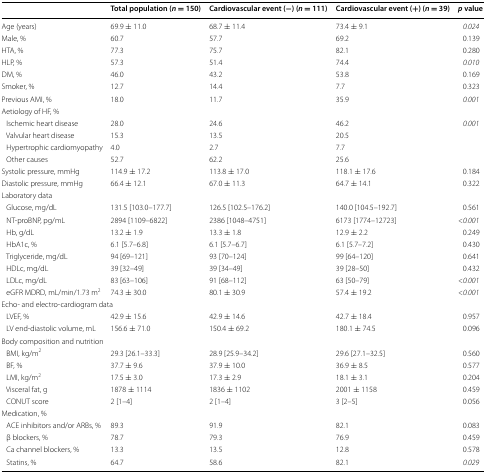
<table><thead><tr><td></td><td><b>Total population (<i>n</i> = 150)</b></td><td><b>Cardiovascular event (−) (<i>n</i> = 111)</b></td><td><b>Cardiovascular event (+) (<i>n</i> = 39)</b></td><td><b><i>p</i> value</b></td></tr></thead><tbody><tr><td>Age (years)</td><td>69.9 ± 11.0</td><td>68.7 ± 11.4</td><td>73.4 ± 9.1</td><td><i>0.024</i></td></tr><tr><td>Male, %</td><td>60.7</td><td>57.7</td><td>69.2</td><td>0.139</td></tr><tr><td>HTA, %</td><td>77.3</td><td>75.7</td><td>82.1</td><td>0.280</td></tr><tr><td>HLP, %</td><td>57.3</td><td>51.4</td><td>74.4</td><td><i>0.010</i></td></tr><tr><td>DM, %</td><td>46.0</td><td>43.2</td><td>53.8</td><td>0.169</td></tr><tr><td>Smoker, %</td><td>12.7</td><td>14.4</td><td>7.7</td><td>0.323</td></tr><tr><td>Previous AMI, %</td><td>18.0</td><td>11.7</td><td>35.9</td><td><i>0.001</i></td></tr><tr><td colspan="5">Aetiology of HF, %</td></tr><tr><td> Ischemic heart disease</td><td>28.0</td><td>24.6</td><td>46.2</td><td><i>0.001</i></td></tr><tr><td> Valvular heart disease</td><td>15.3</td><td>13.5</td><td>20.5</td><td></td></tr><tr><td> Hypertrophic cardiomyopathy</td><td>4.0</td><td>2.7</td><td>7.7</td><td></td></tr><tr><td> Other causes</td><td>52.7</td><td>62.2</td><td>25.6</td><td></td></tr><tr><td>Systolic pressure, mmHg</td><td>114.9 ± 17.2</td><td>113.8 ± 17.0</td><td>118.1 ± 17.6</td><td>0.184</td></tr><tr><td>Diastolic pressure, mmHg</td><td>66.4 ± 12.1</td><td>67.0 ± 11.3</td><td>64.7 ± 14.1</td><td>0.322</td></tr><tr><td colspan="5">Laboratory data</td></tr><tr><td> Glucose, mg/dL</td><td>131.5 [103.0–177.7]</td><td>126.5 [102.5–176.2]</td><td>140.0 [104.5–192.7]</td><td>0.561</td></tr><tr><td> NT-proBNP, pg/mL</td><td>2894 [1109–6822]</td><td>2386 [1048–4751]</td><td>6173 [1774–12723]</td><td><i>&lt;0.001</i></td></tr><tr><td> Hb, g/dL</td><td>13.2 ± 1.9</td><td>13.3 ± 1.8</td><td>12.9 ± 2.2</td><td>0.249</td></tr><tr><td> HbA1c, %</td><td>6.1 [5.7–6.8]</td><td>6.1 [5.7–6.7]</td><td>6.1 [5.7–7.2]</td><td>0.430</td></tr><tr><td> Triglyceride, mg/dL</td><td>94 [69–121]</td><td>93 [70–124]</td><td>99 [64–120]</td><td>0.641</td></tr><tr><td> HDLc, mg/dL</td><td>39 [32–49]</td><td>39 [34–49]</td><td>39 [28–50]</td><td>0.432</td></tr><tr><td> LDLc, mg/dL</td><td>83 [63–106]</td><td>91 [68–112]</td><td>63 [50–79]</td><td><i>&lt;0.001</i></td></tr><tr><td> eGFR MDRD, mL/min/1.73 m<sup>2</sup></td><td>74.3 ± 30.0</td><td>80.1 ± 30.9</td><td>57.4 ± 19.2</td><td><i>&lt;0.001</i></td></tr><tr><td colspan="5">Echo- and electro-cardiogram data</td></tr><tr><td> LVEF, %</td><td>42.9 ± 15.6</td><td>42.9 ± 14.6</td><td>42.7 ± 18.4</td><td>0.957</td></tr><tr><td> LV end-diastolic volume, mL</td><td>156.6 ± 71.0</td><td>150.4 ± 69.2</td><td>180.1 ± 74.5</td><td>0.096</td></tr><tr><td colspan="5">Body composition and nutrition</td></tr><tr><td> BMI, kg/m<sup>2</sup></td><td>29.3 [26.1–33.3]</td><td>28.9 [25.9–34.2]</td><td>29.6 [27.1–32.5]</td><td>0.560</td></tr><tr><td> BF, %</td><td>37.7 ± 9.6</td><td>37.9 ± 10.0</td><td>36.9 ± 8.5</td><td>0.577</td></tr><tr><td> LMI, kg/m<sup>2</sup></td><td>17.5 ± 3.0</td><td>17.3 ± 2.9</td><td>18.1 ± 3.1</td><td>0.204</td></tr><tr><td> Visceral fat, g</td><td>1878 ± 1114</td><td>1836 ± 1102</td><td>2001 ± 1158</td><td>0.459</td></tr><tr><td> CONUT score</td><td>2 [1–4]</td><td>2 [1–4]</td><td>3 [2–5]</td><td>0.056</td></tr><tr><td colspan="5">Medication, %</td></tr><tr><td> ACE inhibitors and/or ARBs, %</td><td>89.3</td><td>91.9</td><td>82.1</td><td>0.083</td></tr><tr><td> β blockers, %</td><td>78.7</td><td>79.3</td><td>76.9</td><td>0.459</td></tr><tr><td> Ca channel blockers, %</td><td>13.3</td><td>13.5</td><td>12.8</td><td>0.578</td></tr><tr><td> Statins, %</td><td>64.7</td><td>58.6</td><td>82.1</td><td><i>0.029</i></td></tr></tbody></table>